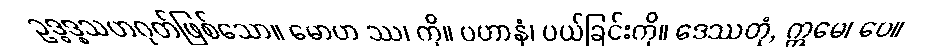
ဥဒ္ဓဒ္စသဟဂုတ်ဖြစ်သော။ မောဟ ဿ၊ ကို။ ပဟာနံ၊ ပယ်ခြင်းကို။ ဒေဿတုံ, ဣမေ၊ ပေ။